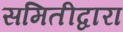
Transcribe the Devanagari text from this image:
समितीद्वारा